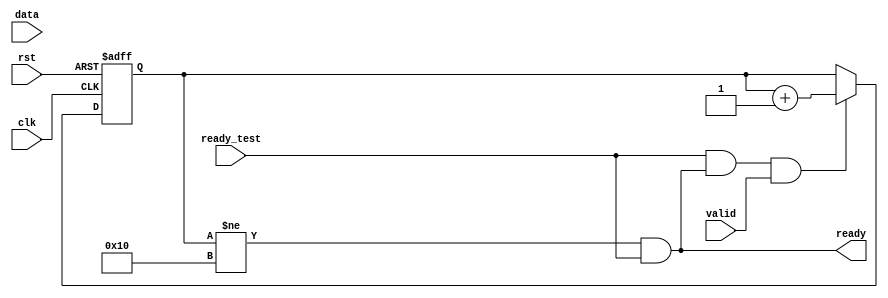
`timescale 1ns/1ns

module receiver #(
    parameter DATA_WIDTH = 8,
    parameter DEPTH = 16, 
    parameter ADDR_WIDTH = $clog2(DEPTH)
) (
    input   clk,
    input   rst,
    output  ready,
    input   ready_test,
    input   valid,
    input   [DATA_WIDTH-1:0] data
);

    /* To receive data, ready_test should also be valid */
    reg [DATA_WIDTH-1:0] mem[0:DEPTH-1];
    reg [ADDR_WIDTH:0] idx; 
    reg [DATA_WIDTH-1:0] debug_reg;
    assign ready = (idx != DEPTH) & ready_test; 

    always@(posedge clk or posedge rst) begin
        if(rst)begin
            idx <= 1'b0;
        end else begin
            if(ready_test & ready & valid) begin
                idx <= idx + 1'b1;
                mem[idx] <= data;
                debug_reg <= data;
            end else begin
                idx <= idx;
                mem[idx] <= mem[idx];
                debug_reg <= debug_reg;
            end
        end
    end 
endmodule